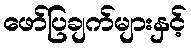
ဖော်ပြချက်များနှင့်